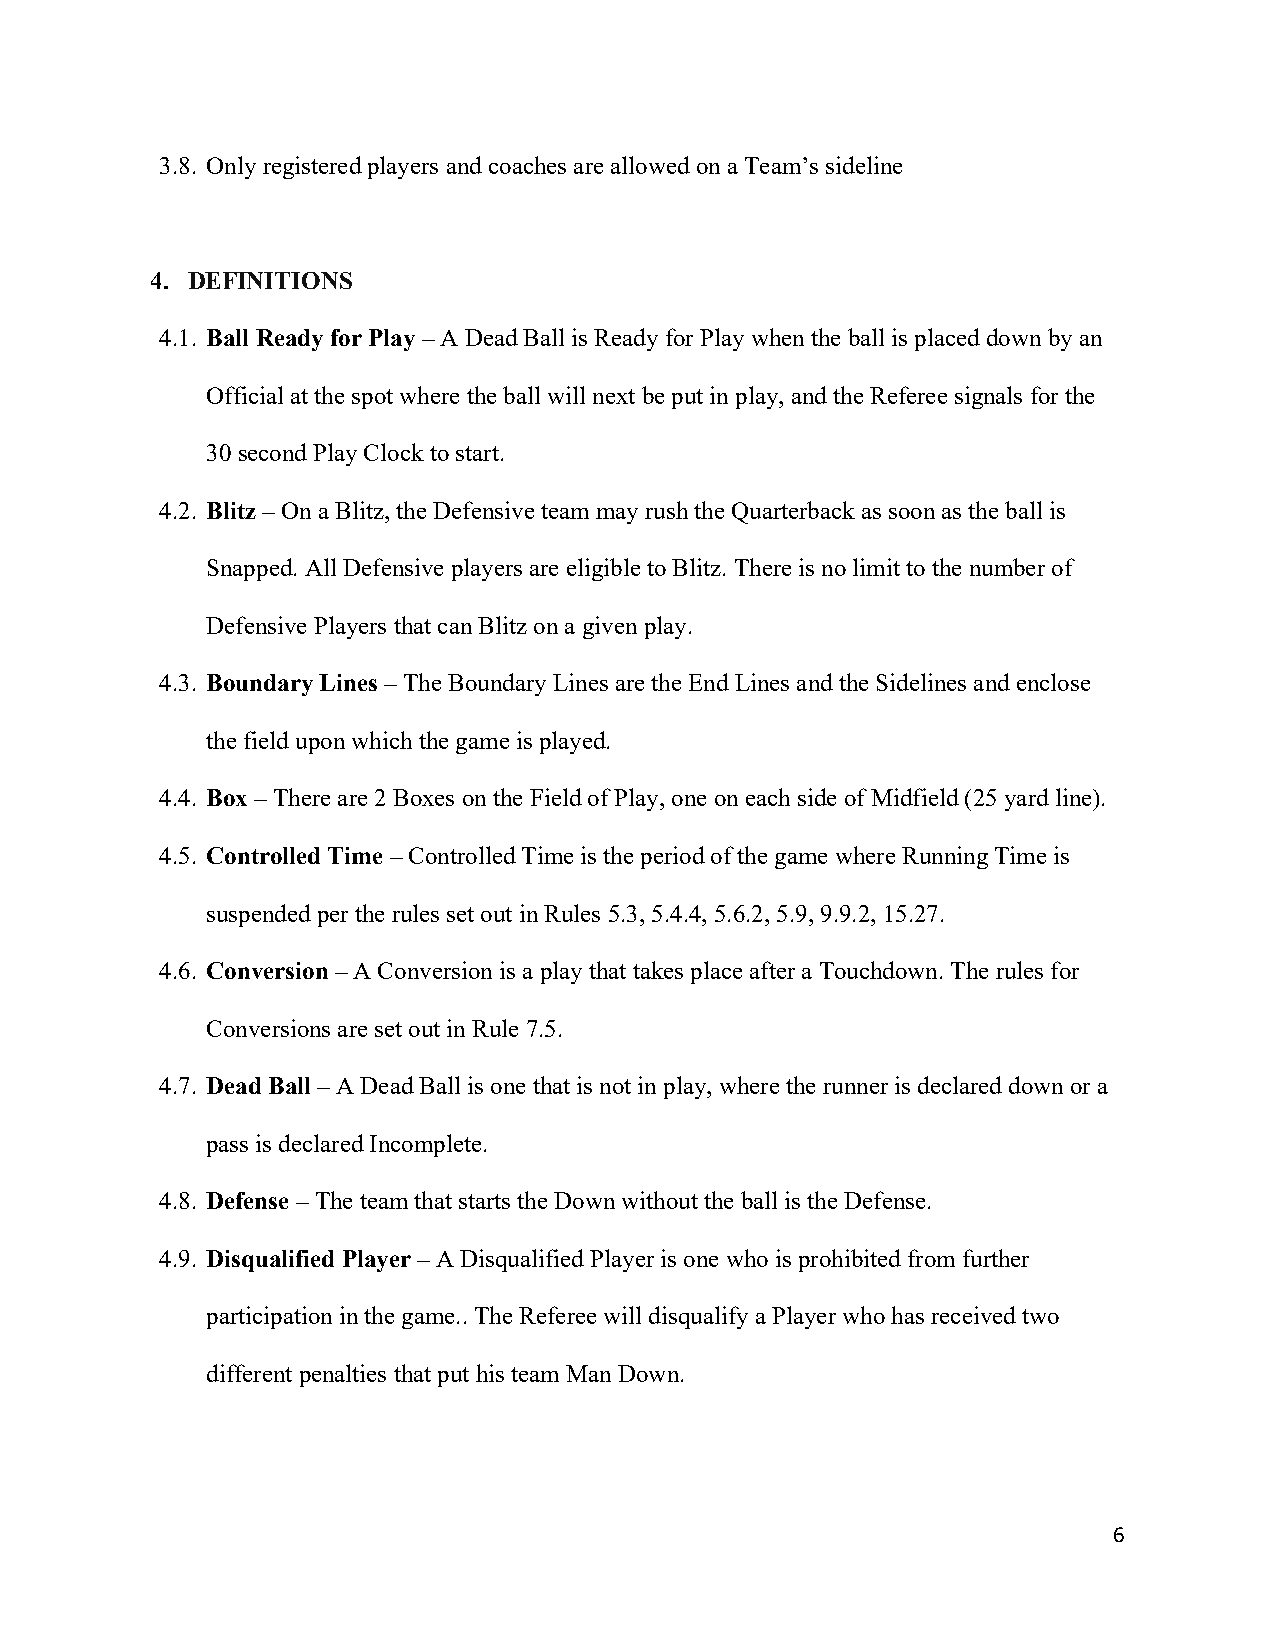
3.8. Only registered players and coaches are allowed on a Team’s sideline
 4. DEFINITIONS
 4.1. Ball Ready for Play – A Dead Ball is Ready for Play when the ball is placed down by an
 Official at the spot where the ball will next be put in play, and the Referee signals for the
 30 second Play Clock to start.
 4.2. Blitz – On a Blitz, the Defensive team may rush the Quarterback as soon as the ball is
 Snapped. All Defensive players are eligible to Blitz. There is no limit to the number of
 Defensive Players that can Blitz on a given play.
 4.3. Boundary Lines – The Boundary Lines are the End Lines and the Sidelines and enclose
 the field upon which the game is played.
 4.4. Box – There are 2 Boxes on the Field of Play, one on each side of Midfield (25 yard line).
 4.5. Controlled Time – Controlled Time is the period of the game where Running Time is
 suspended per the rules set out in Rules 5.3, 5.4.4, 5.6.2, 5.9, 9.9.2, 15.27.
 4.6. Conversion – A Conversion is a play that takes place after a Touchdown. The rules for
 Conversions are set out in Rule 7.5.
 4.7. Dead Ball – A Dead Ball is one that is not in play, where the runner is declared down or a
 pass is declared Incomplete.
 4.8. Defense – The team that starts the Down without the ball is the Defense.
 4.9. Disqualified Player – A Disqualified Player is one who is prohibited from further
 participation in the game.. The Referee will disqualify a Player who has received two
 different penalties that put his team Man Down.
 6